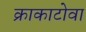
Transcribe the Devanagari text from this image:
क्राकाटोवा